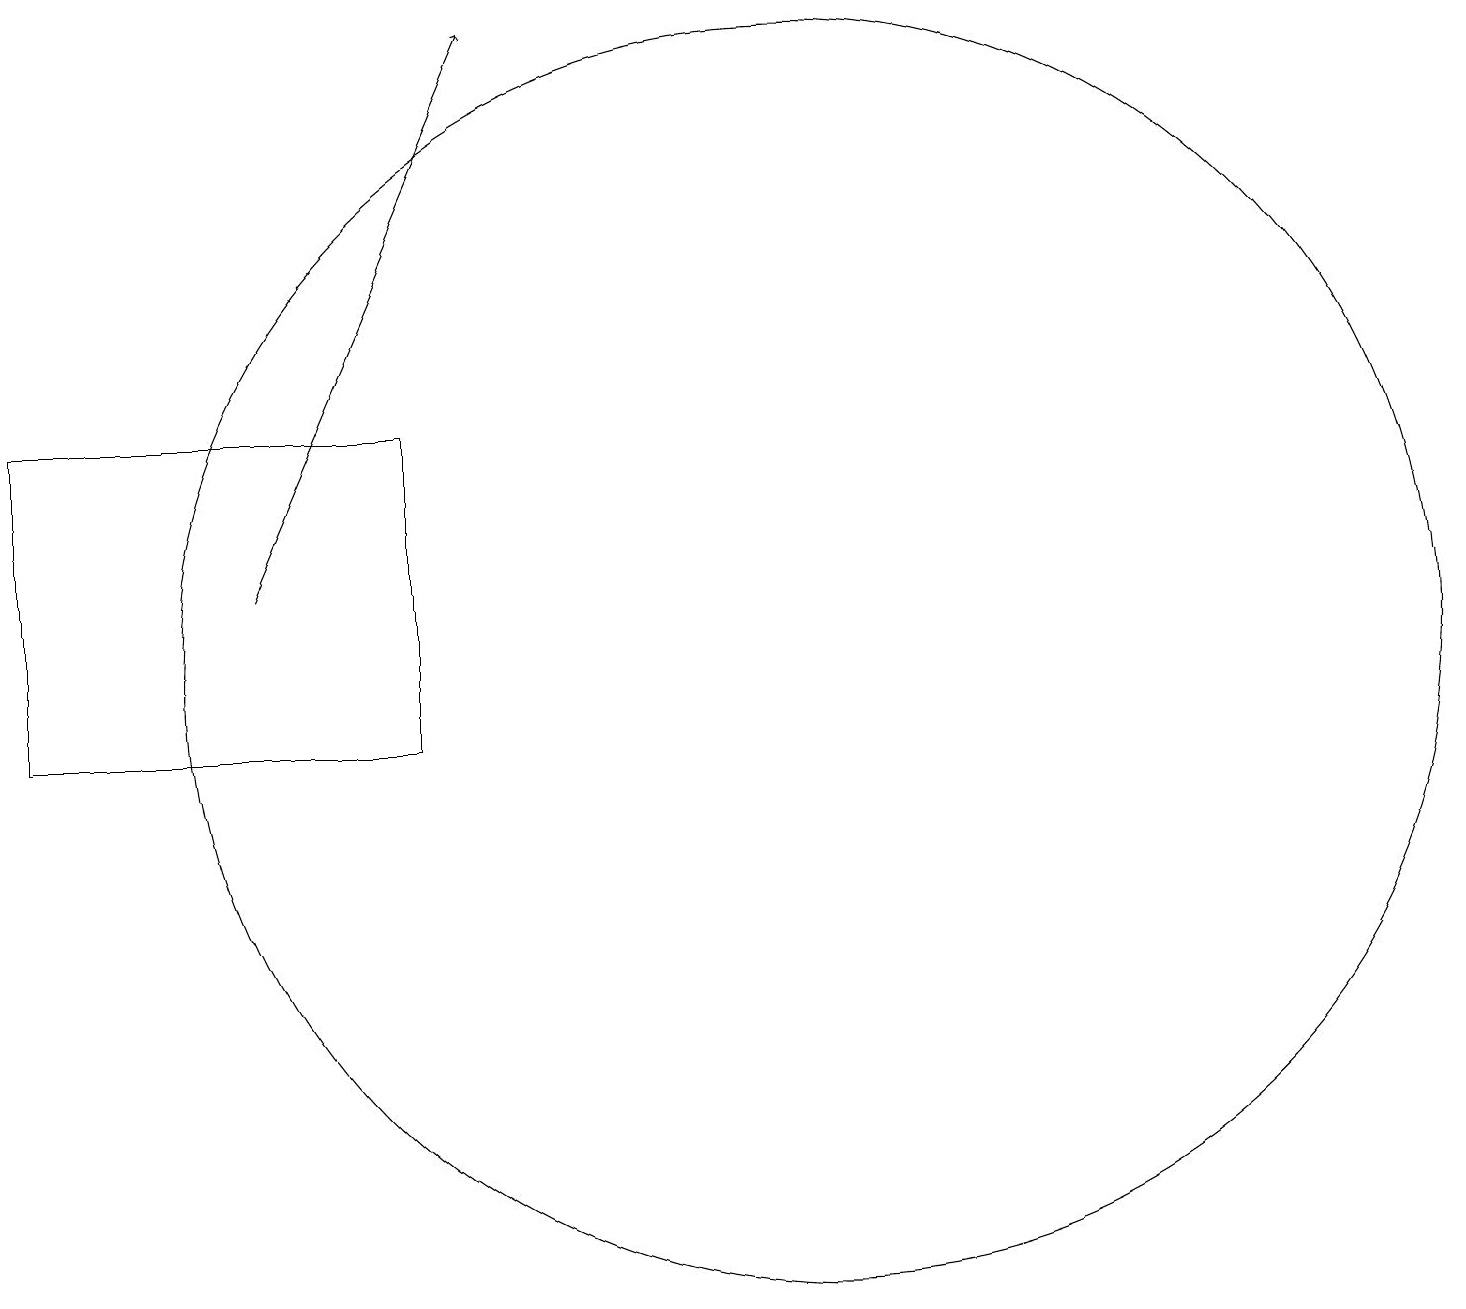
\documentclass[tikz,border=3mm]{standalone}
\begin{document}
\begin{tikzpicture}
\draw (6,14) rectangle (1,10);
\draw (11,11) circle (8);
\draw[->] (4,12) -- (7,19);
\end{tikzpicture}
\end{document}